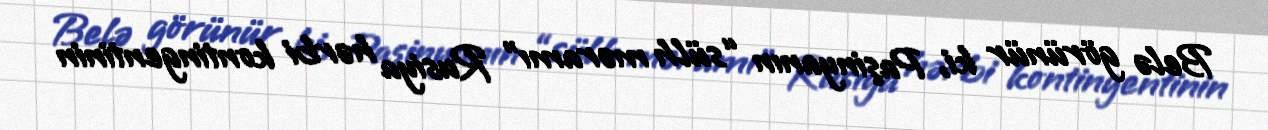
Belə görünür ki, Paşinyanın “sülh məramı” Rusiya hərbi kontingentinin